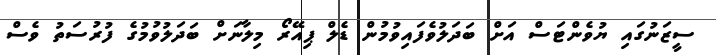
ސީޒަނުގައި ޔުވެންޓަސް އަށް ބަދަލުވެފައިވުމުން ޑެލް ޕިއޭރޯ މިލާނަށް ބަދަލުވުމުގެ ފުރުސަތު ވެސް